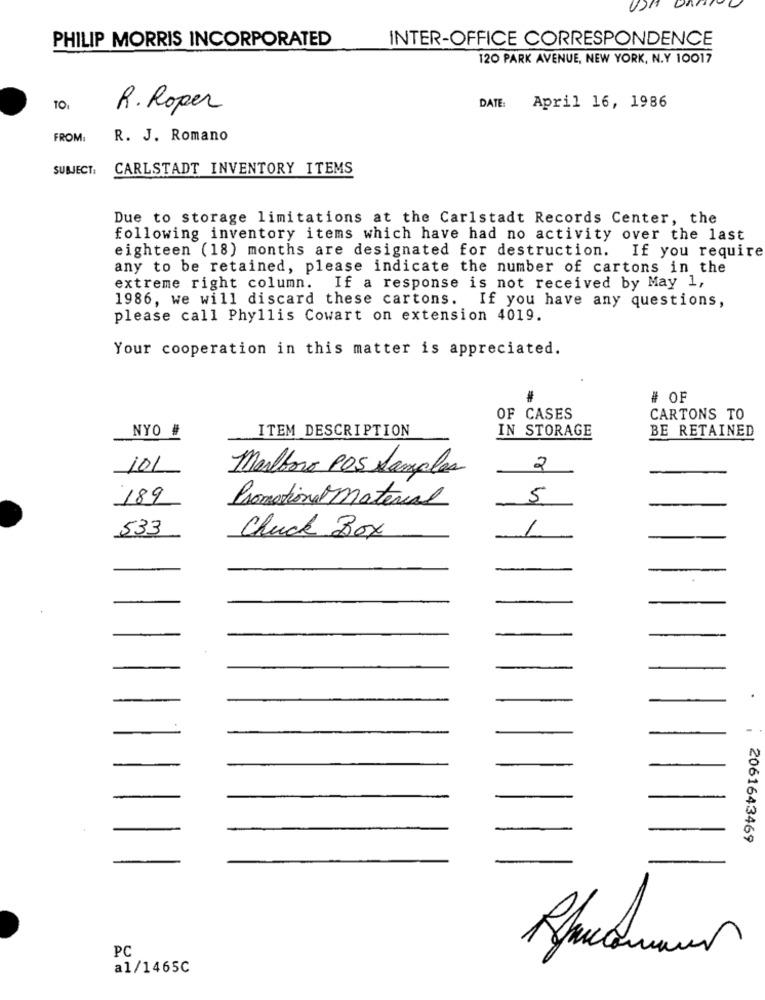
UM
PHILIP MORRIS INCORPORATED
INTER-OFFICE CORRESPONDENCE
120 PARK AVENUE, NEW YORK, N.Y 10017
DATE:
R. Roper
April 16, 1986
FROM:
R. J. Romano
SUBJECT:
CARLSTADT INVENTORY ITEMS
Due to storage limitations at the Carlstadt Records Center, the
following inventory items which have had no activity over the last
eighteen (18) months are designated for destruction. If you require
any to be retained, please indicate the number of cartons in the
extreme right column. If a response is not received by May 1,
1986, we will discard these cartons. If you have any questions,
please call Phyllis Cowart on extension 4019.
Your cooperation in this matter is appreciated.
# OF
OF CASES
CARTONS TO
NYO #
ITEM DESCRIPTION
IN STORAGE
BE RETAINED
101
Marlboro POS Samples
2
189
Promotionel Material
5
533
Chuck Box
1
2061643469
PC
a1/1465C